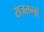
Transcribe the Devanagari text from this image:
राजतन्त्रों